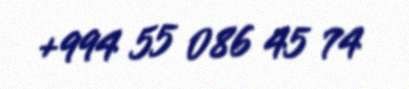
+994 55 086 45 74